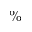
\%